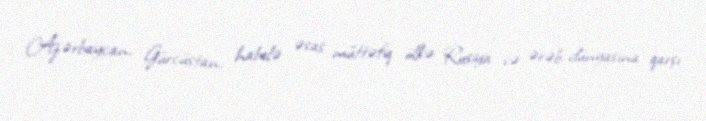
Azərbaycan, Gürcüstan, habelə əsas müttəfiq ölkə Rusiya və ərəb dünyasına qarşı